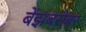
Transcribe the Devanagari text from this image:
बेंझबरोबर